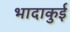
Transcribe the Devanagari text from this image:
भादाकुई